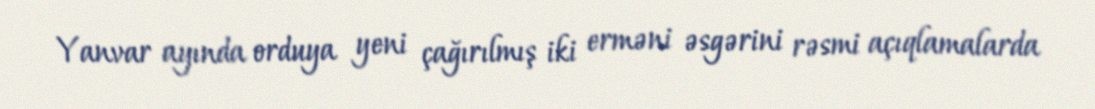
Yanvar ayında orduya yeni çağırılmış iki erməni əsgərini rəsmi açıqlamalarda